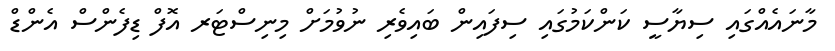
މާނައެއްގައި ސިޔާސީ ކަންކަމުގައި ސިފައިން ބައިވެރި ނުވުމަށް މިނިސްޓަރ އޮފް ޑިފެންސް އެންޑް